Oru_vallavalitsus, lk 22
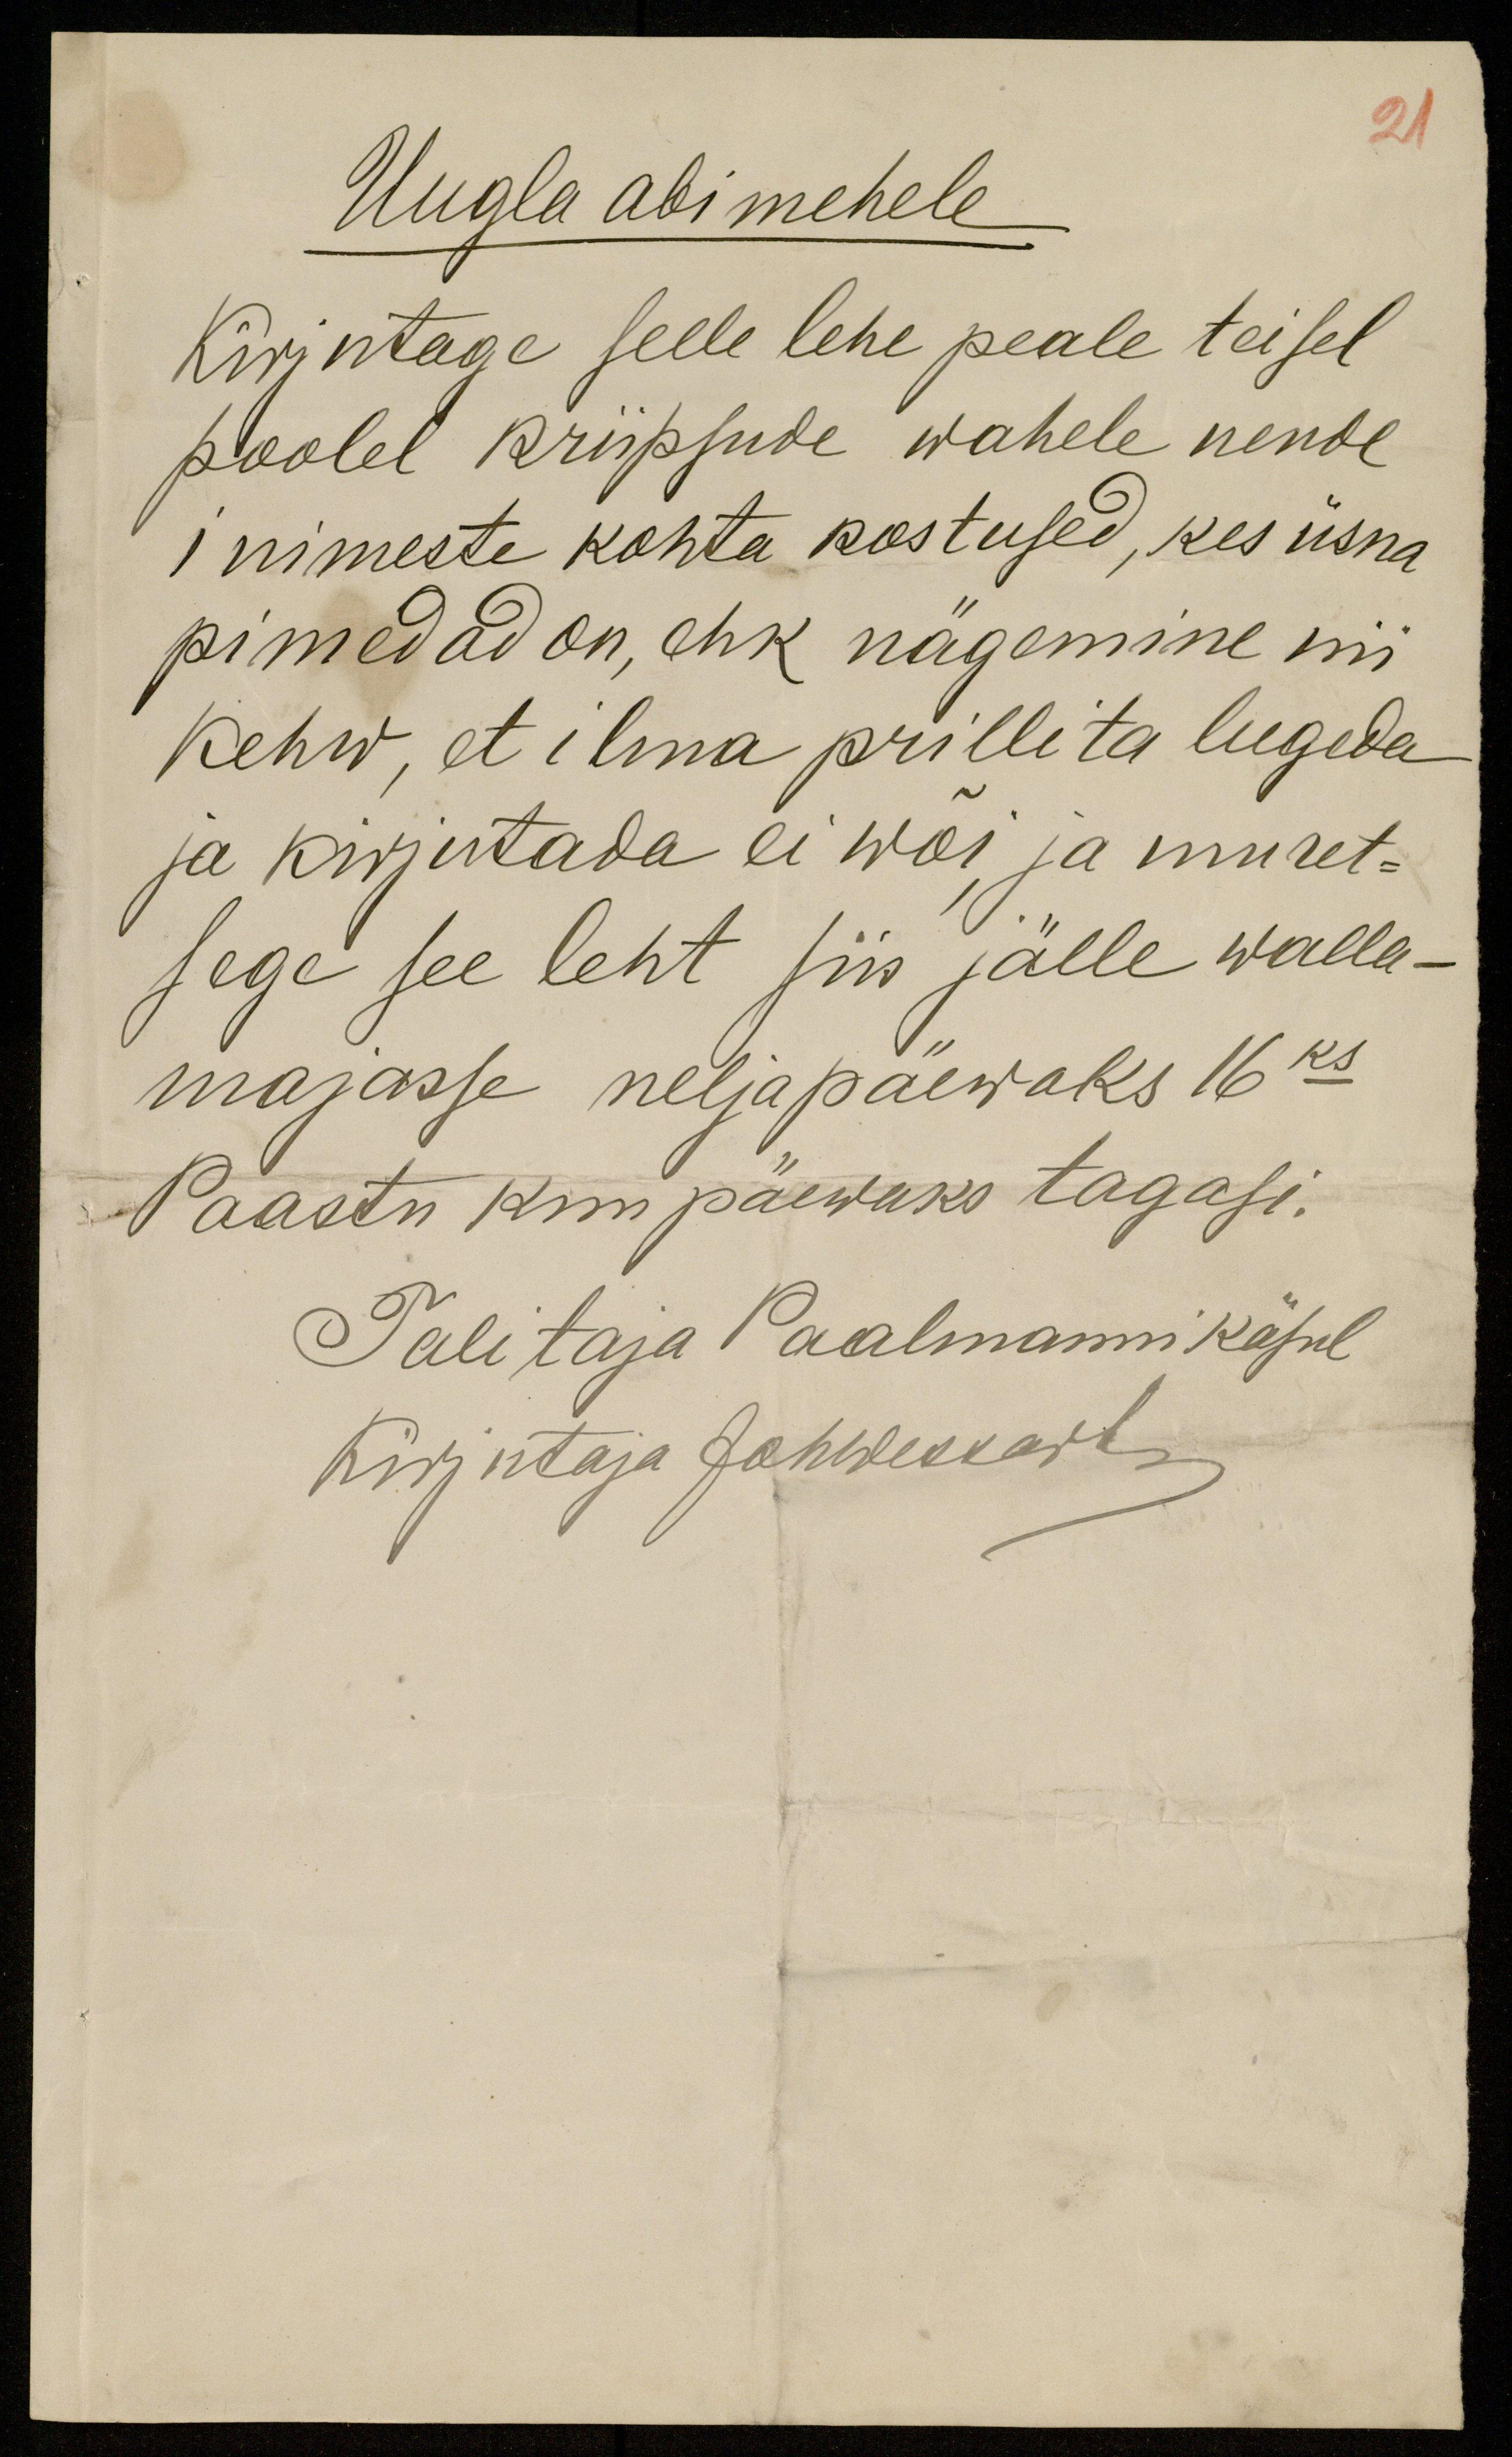
Uugla abi mehele
Kirjutage selle lehe peale teisel
poolel kriipsude wahele nende
inimeste kohta kostused, kes üsna
pimedad on, ehk nägemine nii
kehw, et ilma prillita lugeda
ja kirjutada ei wõi ja muret-
sege see leht siis jälle walla-
majasse neljapäewaks 16ks.
Paastu kuu päewaks tagasi.
Talitaja Paalmanni käsul
Kirjutaja Johwessart